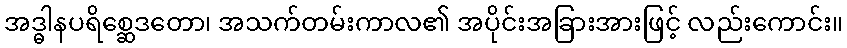
အဒ္ဓါနပရိစ္ဆေဒတော၊ အသက်တမ်းကာလ၏ အပိုင်းအခြားအားဖြင့် လည်းကောင်း။